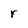
Character: r